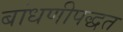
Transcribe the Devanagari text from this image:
बांधणीपद्धत